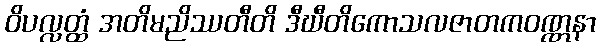
ဝိပလ္လတ္ထံ အတိမညိဿတီတိ ဒီဃီတိကောသလဇာတကဝဏ္ဏနာ